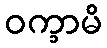
ဝက္ခာမိ